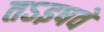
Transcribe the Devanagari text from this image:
तऽइषवे